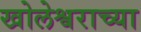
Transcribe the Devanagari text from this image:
खोलेश्वराच्या